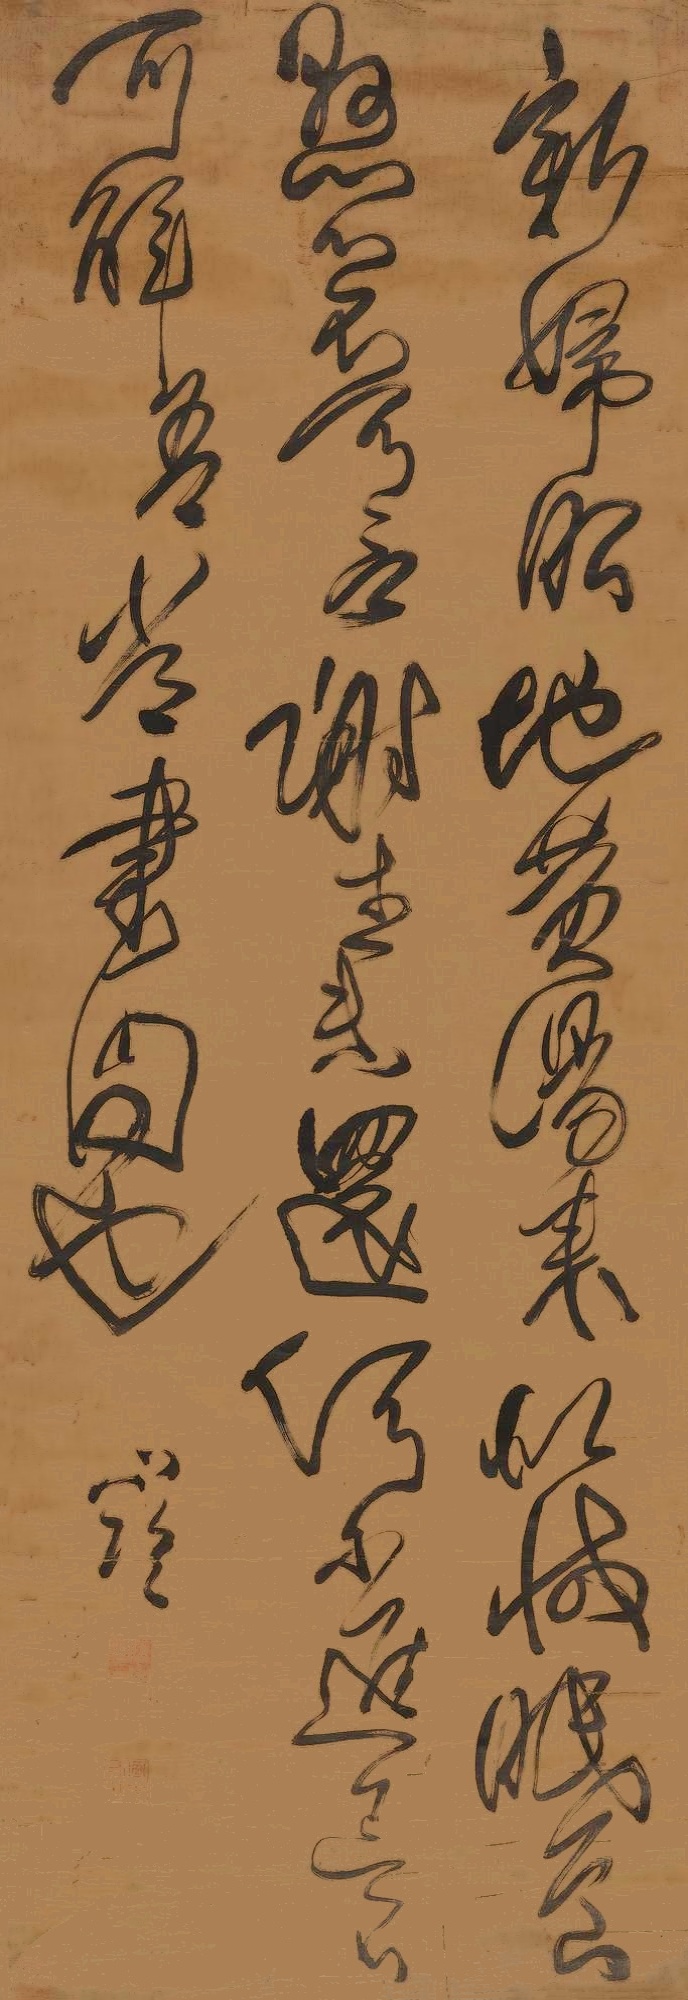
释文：新妇服地黄汤，来似减。眠食悬心不忧可言，谢生未还，何尔？进退不可解，吾当书问也。山临。